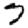
Digit: 7